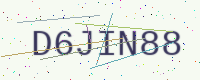
Text: D6JIN88